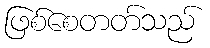
ဖြစ်စေတတ်သည်